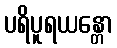
ပရိပူရယန္တော